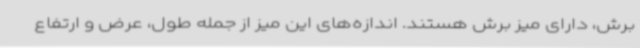
برش، دارای میز برش هستند. اندازه‌های این میز از جمله طول، عرض و ارتفاع